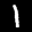
Label: 1